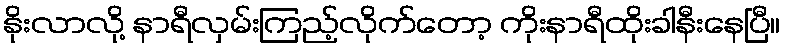
နိုးလာလို့ နာရီလှမ်းကြည့်လိုက်တော့ ကိုးနာရီထိုးခါနီးနေပြီ။